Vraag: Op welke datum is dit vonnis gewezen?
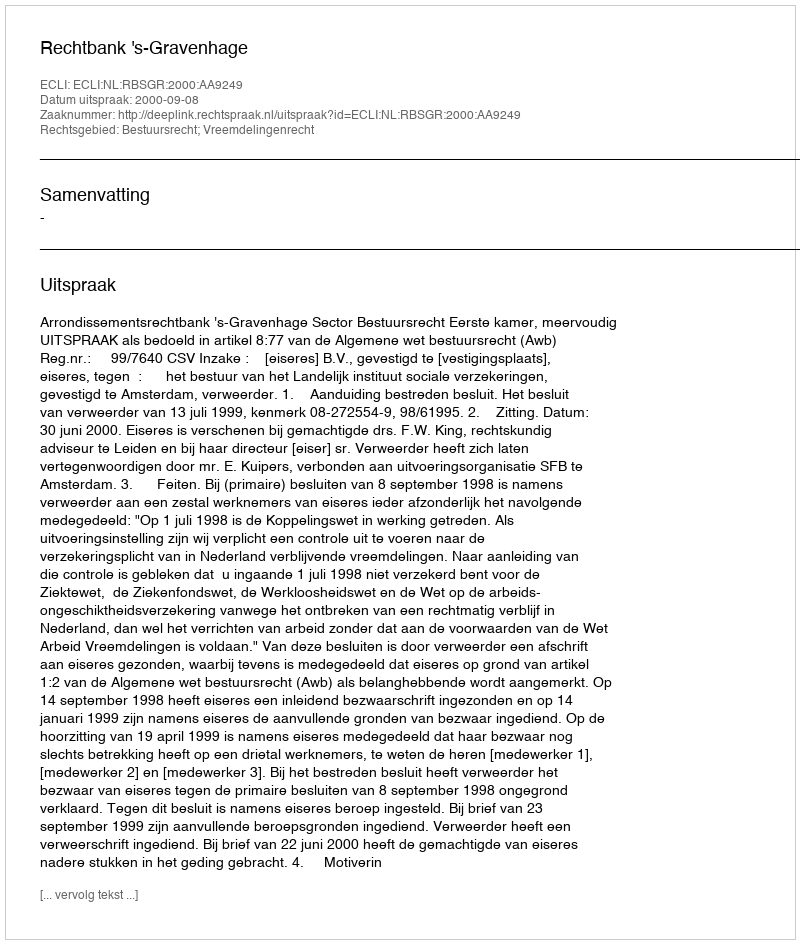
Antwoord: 2000-09-08